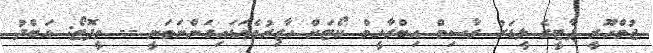
ޖުމްހޫރީ ޕާޓީގެ ލީޑަރު ގާސިމް އިބްރާހީމް ކޯޓަށް ހާޒިރުވެވަޑައިގަންނަވަނީ -- ވީފޮޓޯ: އަބްދު